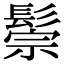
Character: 鬃